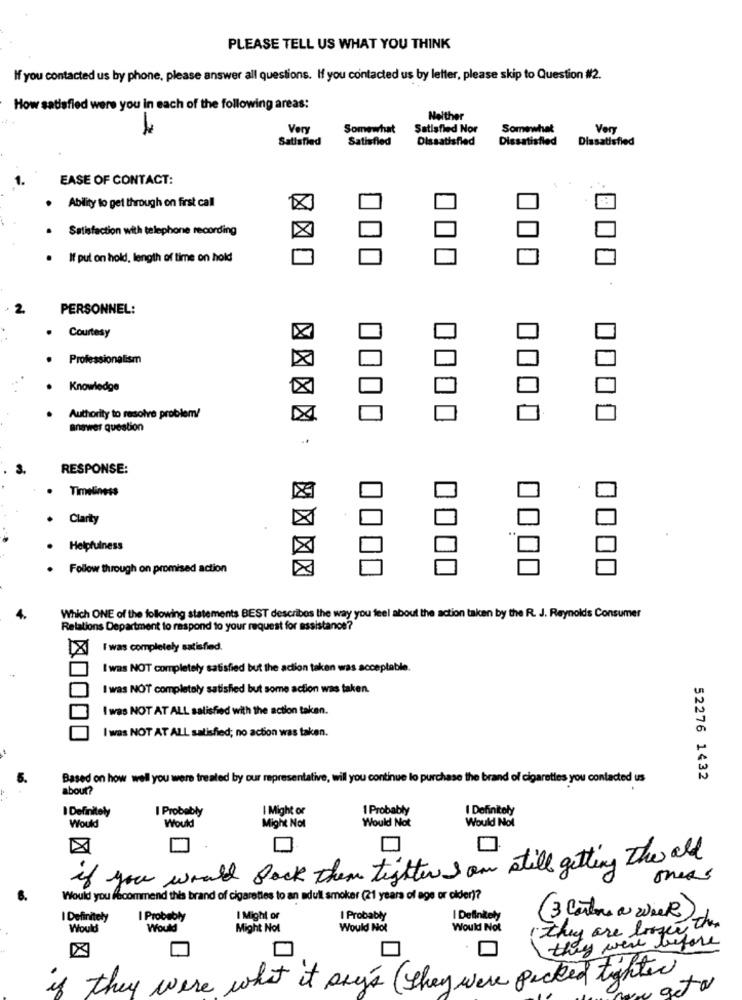
PLEASE TELL US WHAT YOU THINK
If you contacted us by phone, please answer all questions. If you contacted us by letter, please skip to Question #2.
How satisfied were you in each of the following areas:
Neither
Very
Somewhat
Satisfied Nor
Somewhat
Very
Satisfied
Satisfied
Dissatisfied
Dissatisfied
Dissatisfied
EASE OF CONTACT:
. Ability to get through on first call
· Satisfaction with telephone recording
If pul on hold, length of time on hold
PERSONNEL:
Courtesy
X
Professionalism
Knowledge
Authority to resolve problem!
answer question
RESPONSE:
Timeliness
Clarity
Helpfulness
Follow through on promised action
Which ONE of the following statements BEST describes the way you feel about the action taken by the R. J. Reynolds Consumer
Relations Department to respond to your request for assistance?
I was completely satisfied.
I was NOT completely satisfied but the action taken was acceptable.
I was NOT completely satisfied but some action was taken.
I was NOT AT ALL satisfied with the action taken.
I was NOT AT ALL satisfied; no action was taken.
Based on how well you were treated by our representative, will you continue lo purchase the brand of cigarettes you contacted us
52276 1432
about?
I Definitely
I Probably
I Might or
I Probably
I Definitely
Might Not
Would Not
Would
Would
Would Not
if you would back them tighter I am still getting the all
oness
Would you fbcommend this brand of cigarettes to an adull smoker (21 years of age or cider)?
I Definitely
I Probably
I Might or
I Probably
I Definitely
(3 Contre a week)
Would
Would
Might Not
Would Not
Would Not
they are longer the
they were before
0
if they were what it sky's ( they were packed lighter
ata